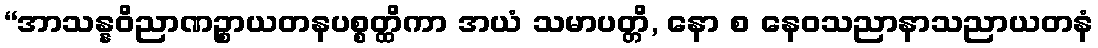
“အာသန္နဝိညာဏဉ္စာယတနပစ္စတ္ထိကာ အယံ သမာပတ္တိ, နော စ နေဝသညာနာသညာယတနံ